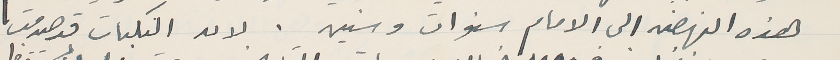
هذه النهضه الى الامام سنوات وسنين. لان النكبات قد صدمت